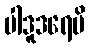
ပါဒူဒရေပိ